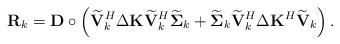
LaTeX: \begin{align*}\mathbf{R}_k = \mathbf{D} \circ \left(\widetilde{\mathbf{V}}_k^H\Delta\mathbf{K}\widetilde{\mathbf{V}}_k^H\widetilde{\boldsymbol{\Sigma}}_k + \widetilde{\boldsymbol{\Sigma}}_k\widetilde{\mathbf{V}}_k^H \Delta\mathbf{K}^H\widetilde{\mathbf{V}}_k\right).\end{align*}